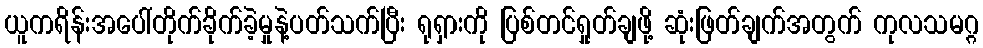
ယူကရိန်းအပေါ်တိုက်ခိုက်ခဲ့မှုနဲ့ပတ်သက်ပြီး ရုရှားကို ပြစ်တင်ရှုတ်ချဖို့ ဆုံးဖြတ်ချက်အတွက် ကုလသမဂ္ဂ